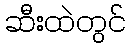
ဆီးထဲတွင်